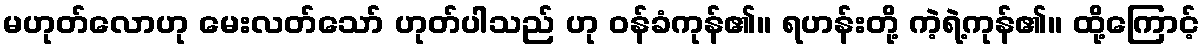
မဟုတ်လောဟု မေးလတ်သော် ဟုတ်ပါသည် ဟု ဝန်ခံကုန်၏။ ရဟန်းတို့ ကဲ့ရဲ့ကုန်၏။ ထို့ကြောင့်